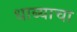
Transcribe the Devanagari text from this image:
धाब्याचा